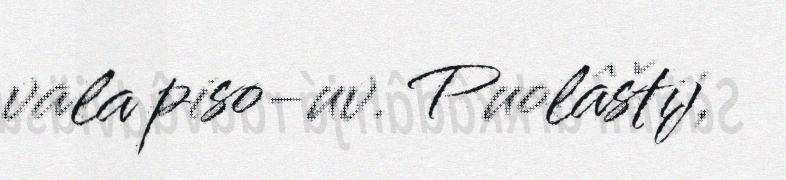
vala piso-uv. Puolâštij,